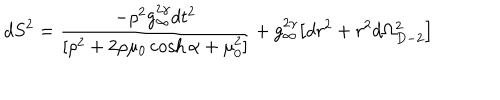
d S ^ { 2 } = \frac { - \rho ^ { 2 } g _ { \infty } ^ { 2 \gamma } d t ^ { 2 } } { [ \rho ^ { 2 } + 2 \rho \mu _ { 0 } \cosh \alpha + \mu _ { 0 } ^ { 2 } ] } + g _ { \infty } ^ { 2 \gamma } \bigl [ d r ^ { 2 } + r ^ { 2 } d \Omega _ { D - 2 } ^ { 2 } \bigr ]